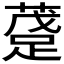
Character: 𲃴